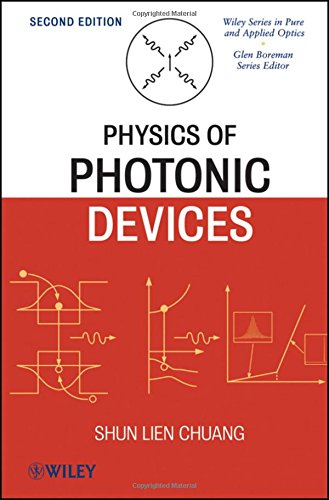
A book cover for Physics of Photonic Devices; Shun Lien Chuang; Science & Math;